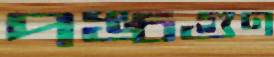
পঙ্চগুণ